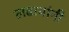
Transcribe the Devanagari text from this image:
लढायांनी